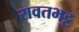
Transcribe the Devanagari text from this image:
रावतभट्ट